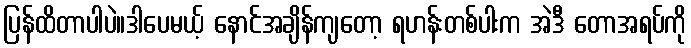
ပြန်ထိတာပါပဲ။ဒါပေမယ့် နောင်အချိန်ကျတော့ ရဟန်းတစ်ပါးက အဲဒီ တောအရပ်ကို